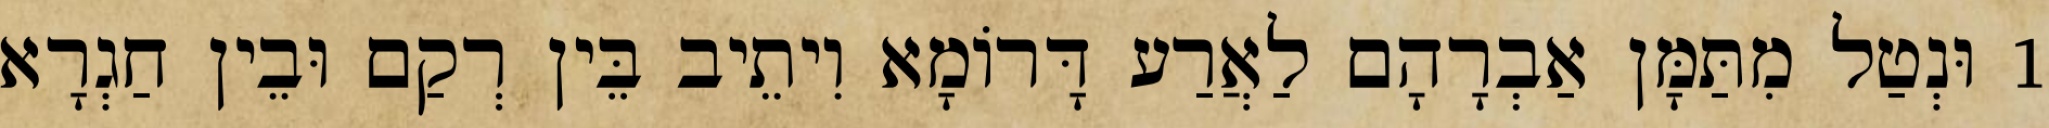
1 וּנְטַל מִתַּמָּן אַבְרָהָם לַאֲרַע דָּרוֹמָא וִיתֵיב בֵּין רְקַם וּבֵין חַגְרָא